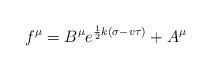
LaTeX: \begin{align*}f^\mu = B^\mu e^{\frac{1}{2}k(\sigma-v\tau)} + A^\mu \end{align*}